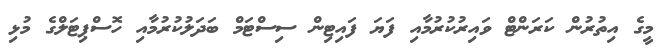
މީގެ އިތުރުން ކަރަންޓް ވައިރުކުރުމާއި ފަޔަ ފައިޓިން ސިސްޓަމް ބަދަލުކުރުމާއި ހޮސްޕިޓަލްގެ މުޅި